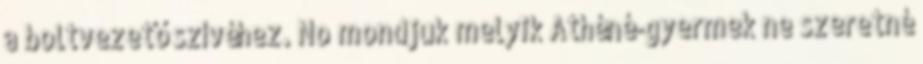
a boltvezető szívéhez. No mondjuk melyik Athéné-gyermek ne szeretné